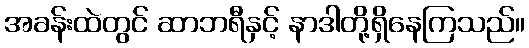
အခန်းထဲတွင် ဆာဘရီနှင့် နာဒါတို့ရှိနေကြသည်။